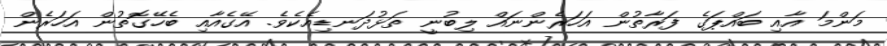
މަންމަ އާއި ބައްޕަގެ ފަރާތުން އަހަރެންނައް ލިބުނީ ތަޅުދަނޑިއެކެވެ. އޭގެއާއި ބެހޭގޮތުން އަހަރެން